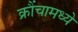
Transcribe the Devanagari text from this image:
क्रौंचामध्ये